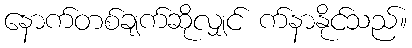
နောက်တစ်ချက်ဆိုလျှင် က်နာနိုင်သည်။